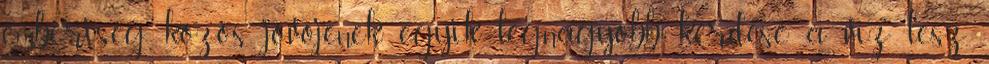
emberiség közös jövõjének egyik legnagyobb kérdése a víz lesz,